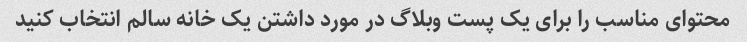
محتوای مناسب را برای یک پست وبلاگ در مورد داشتن یک خانه سالم انتخاب کنید